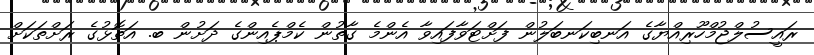
ރައީސުލްޖުމްހޫރިއްޔާގެ އަނބިކަނބަލުން ފަށްޓަވާފައިވާ އެންމެ ގާތުން ކެމްޕެއިންގެ ދަށުން ބ. އަތޮޅުގެ ރަށްތަކަށް